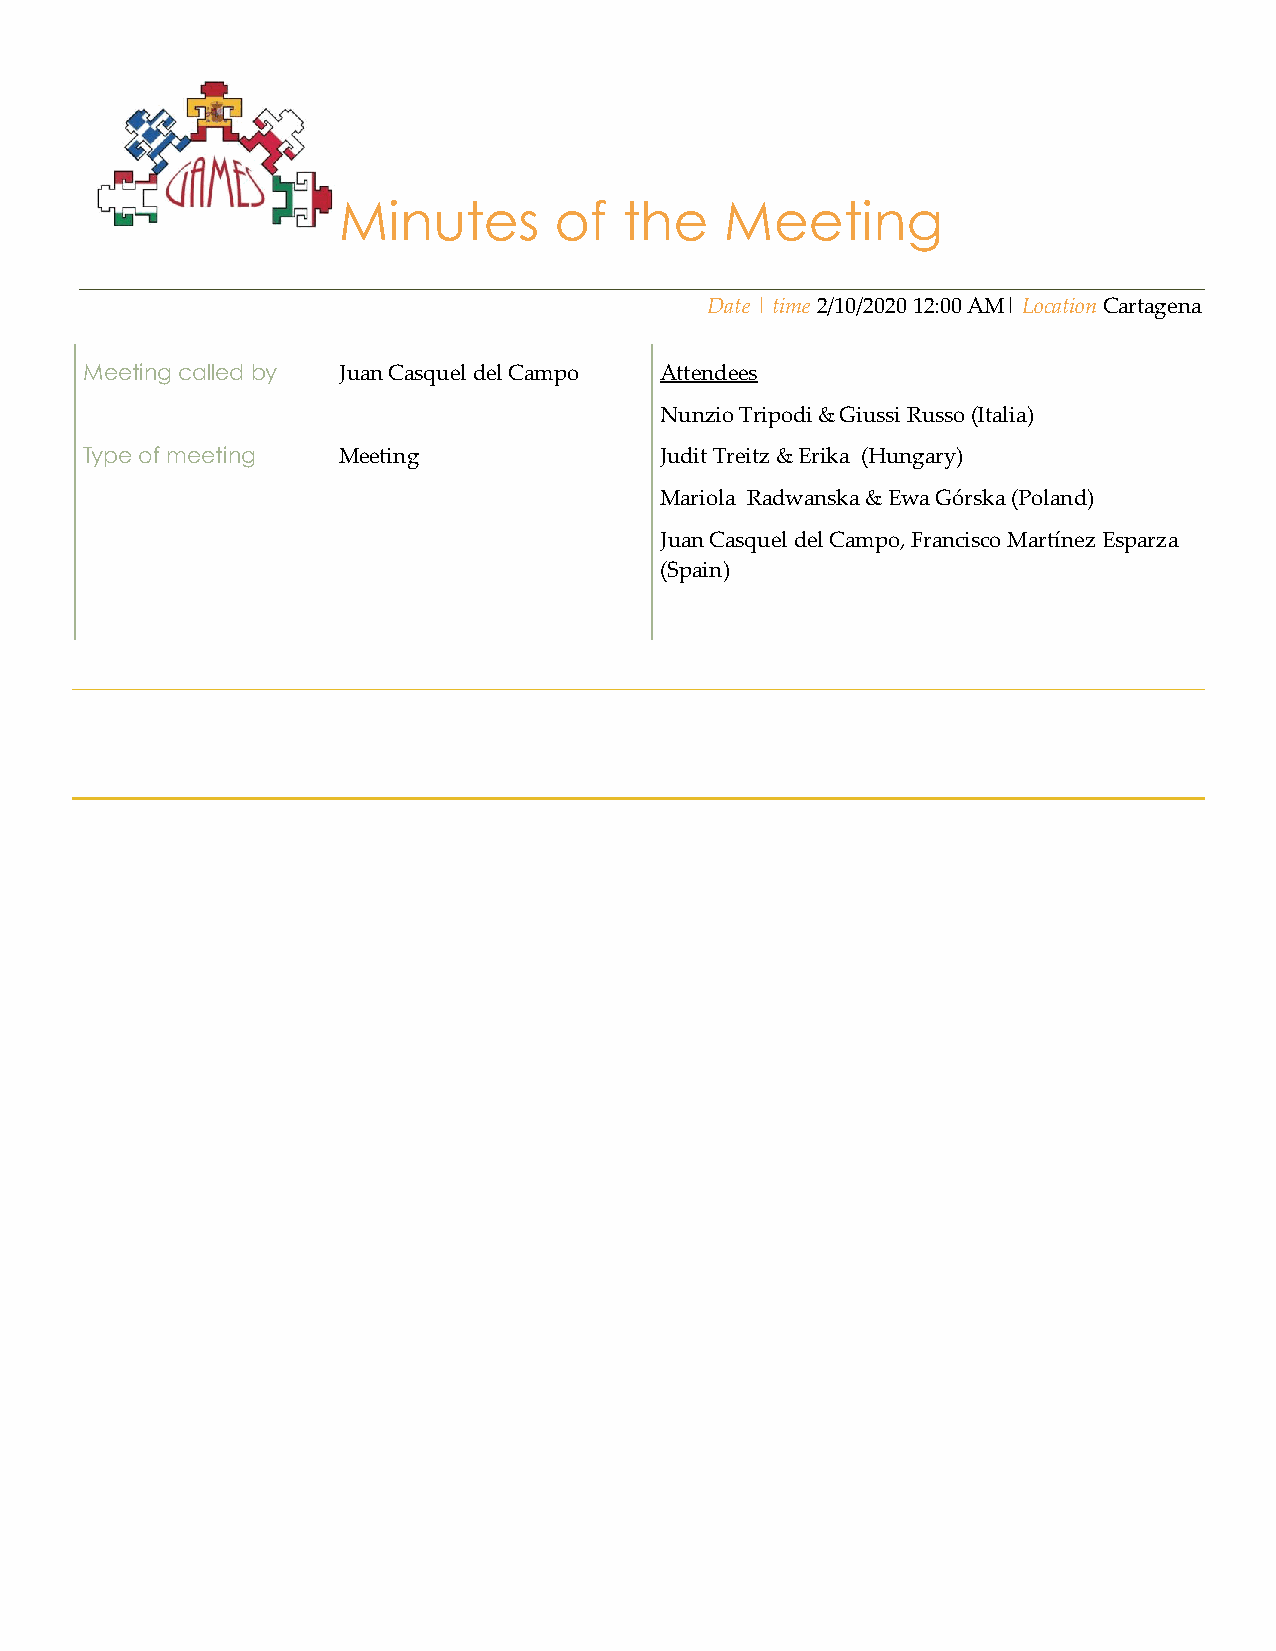
Minutes        of  the    Meeting
 Date | time 2/10/2020 12:00 AM| Location Cartagena
 Meeting called by Juan Casquel del Campo Attendees
 Nunzio Tripodi & Giussi Russo (Italia)
 Type of meeting  Meeting               Judit Treitz & Erika (Hungary)
 Mariola Radwanska & Ewa Górska (Poland)
 Juan Casquel del Campo, Francisco Martínez Esparza
 (Spain)